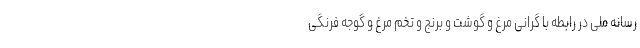
رسانه ملی در رابطه با گرانی مرغ و گوشت و برنج و تخم‌ مرغ و گوجه فرنگی